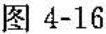
图4-16